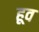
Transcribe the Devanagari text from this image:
हूव